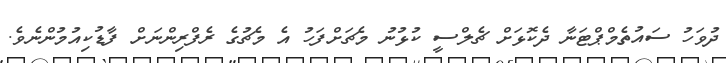
ދުވަހު ސައުތެމްޕްޓަނާ ދެކޮޅަށް ޗެލްސީ ކުޅުނު މެޗަށްފަހު އެ މެޗުގެ ރެފްރިންނަށް ފާޑުކިއުމުންނެވެ.